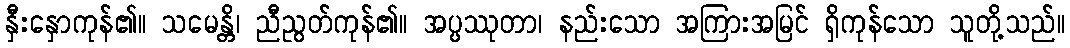
နှီးနှောကုန်၏။ သမေန္တိ၊ ညီညွတ်ကုန်၏။ အပ္ပဿုတာ၊ နည်းသော အကြားအမြင် ရှိကုန်သော သူတို့သည်။